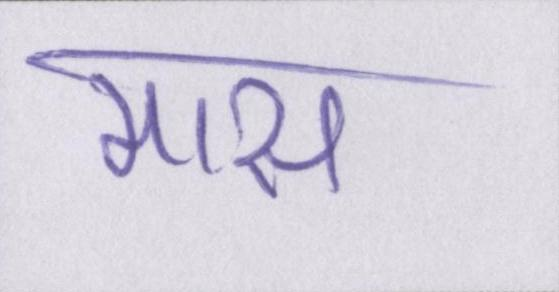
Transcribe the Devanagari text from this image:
मास